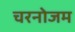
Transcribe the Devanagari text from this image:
चरनोजम